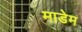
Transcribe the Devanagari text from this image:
माडेम